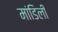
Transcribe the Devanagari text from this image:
मांडिली